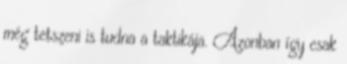
még tetszeni is tudna a taktikája. Azonban így csak